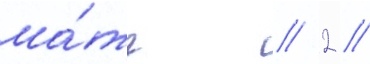
ма́тч // 2 //